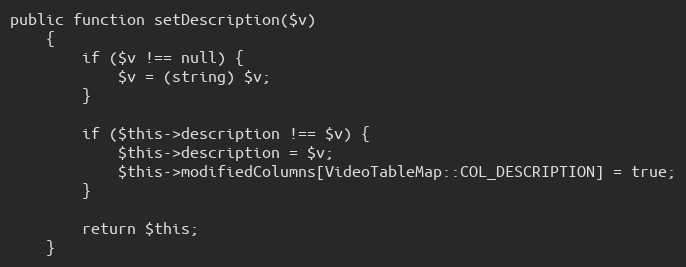
Language: PHP
public function setDescription($v)
    {
        if ($v !== null) {
            $v = (string) $v;
        }

        if ($this->description !== $v) {
            $this->description = $v;
            $this->modifiedColumns[VideoTableMap::COL_DESCRIPTION] = true;
        }

        return $this;
    }